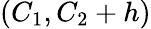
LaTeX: (C_{1},C_{2}+h)